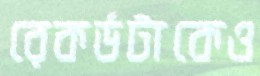
রেকর্ডটাকেও